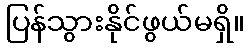
ပြန်သွားနိုင်ဖွယ်မရှိ။